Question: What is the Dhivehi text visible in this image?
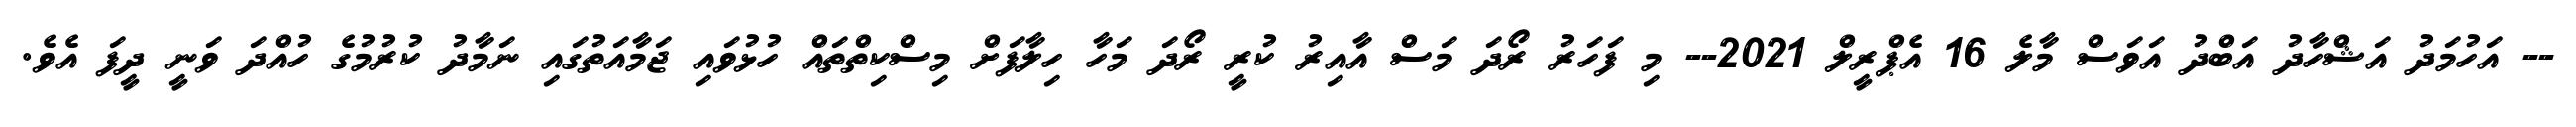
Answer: -- އަހުމަދު އަޝްހާދު އަބްދު އަވަސް މާލެ 16 އެޕްރީލް 2021-- މި ފަހަރު ރޯދަ މަސް އާއިރު ކުރީ ރޯދަ މަހާ ހިލާފަށް މިސްކިތްތައް ހުޅުވައި ޖަމާއަތުގައި ނަމާދު ކުރުމުގެ ހުއްދަ ވަނީ ދީފަ އެވެ.